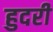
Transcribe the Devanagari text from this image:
हुदरी